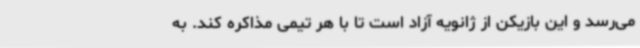
می‌رسد و این بازیکن از ژانویه آزاد است تا با هر تیمی مذاکره کند. به